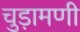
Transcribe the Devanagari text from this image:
चुड़ामणी